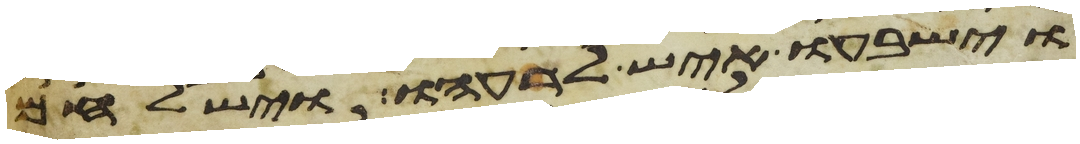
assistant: וישבעו איש לרעהו וישלחם